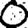
Digit: 0